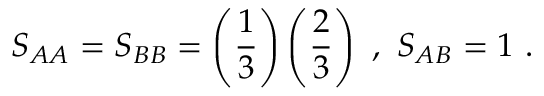
S _ { A A } = S _ { B B } = \left( \frac { 1 } { 3 } \right) \left( \frac { 2 } { 3 } \right) \ , \ S _ { A B } = 1 \ .